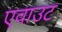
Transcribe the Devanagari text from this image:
एवाउट